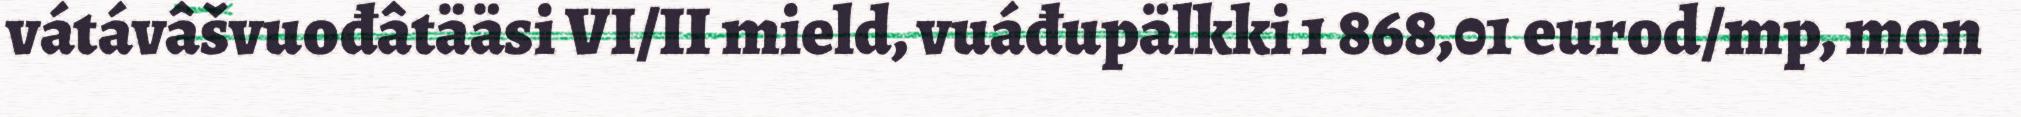
vátávâšvuođâtääsi VI/II mield, vuáđupälkki 1 868,01 eurod/mp, mon